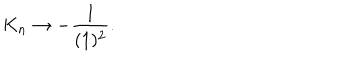
LaTeX: K _ { n } \rightarrow - \frac { 1 } { ( 1 ) ^ { 2 } } .